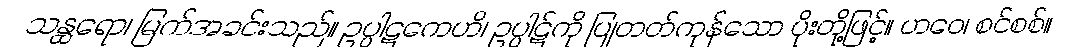
သန္ထရော၊ မြက်အခင်းသည်။ ဥပ္ပါဋကေဟိ၊ ဥပ္ပါဋ်ကို ပြုတတ်ကုန်သော ပိုးတို့ဖြင့်။ ဟဝေ၊ စင်စစ်။